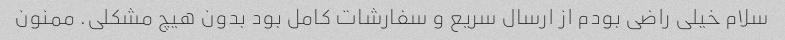
سلام خیلی راضی بودم از ارسال سریع و سفارشات کامل بود بدون هیچ مشکلی. ممنون